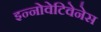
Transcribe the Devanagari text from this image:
इन्नोवेटिवेनेस